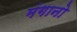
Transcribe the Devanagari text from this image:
मंगानो